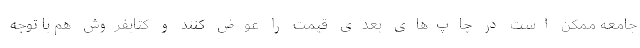
جامعه ممکن است در چاپ‌های بعدی قیمت را عوض کنند و کتابفروش هم با توجه